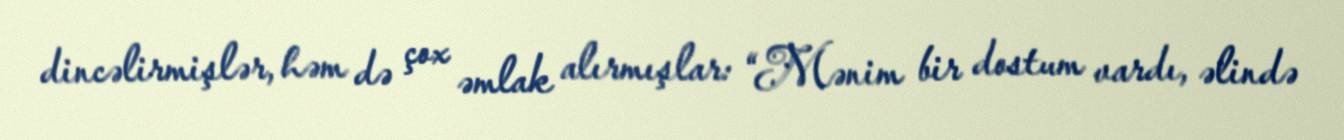
dincəlirmişlər, həm də çox əmlak alırmışlar: “Mənim bir dostum vardı, əlində